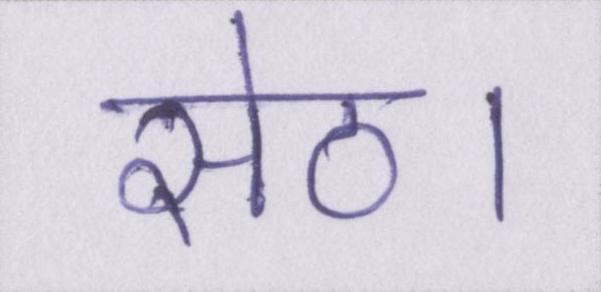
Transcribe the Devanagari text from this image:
सेठ।